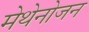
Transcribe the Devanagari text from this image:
मेथेनोजन